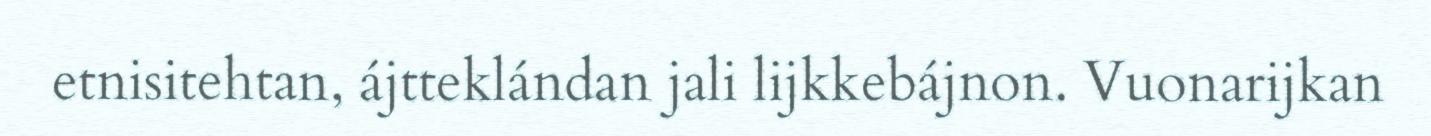
etnisitehtan, ájtteklándan jali lijkkebájnon. Vuonarijkan